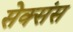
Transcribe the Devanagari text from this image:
सेक्संस